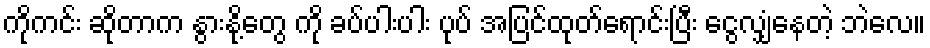
ကိုကင်း ဆိုတာက နွားနို့တွေ ကို ခပ်ပါးပါး ပုပ် အပြင်ထုတ်ရောင်းပြီး ငွေလျှံနေတဲ့ ဘဲလေ။